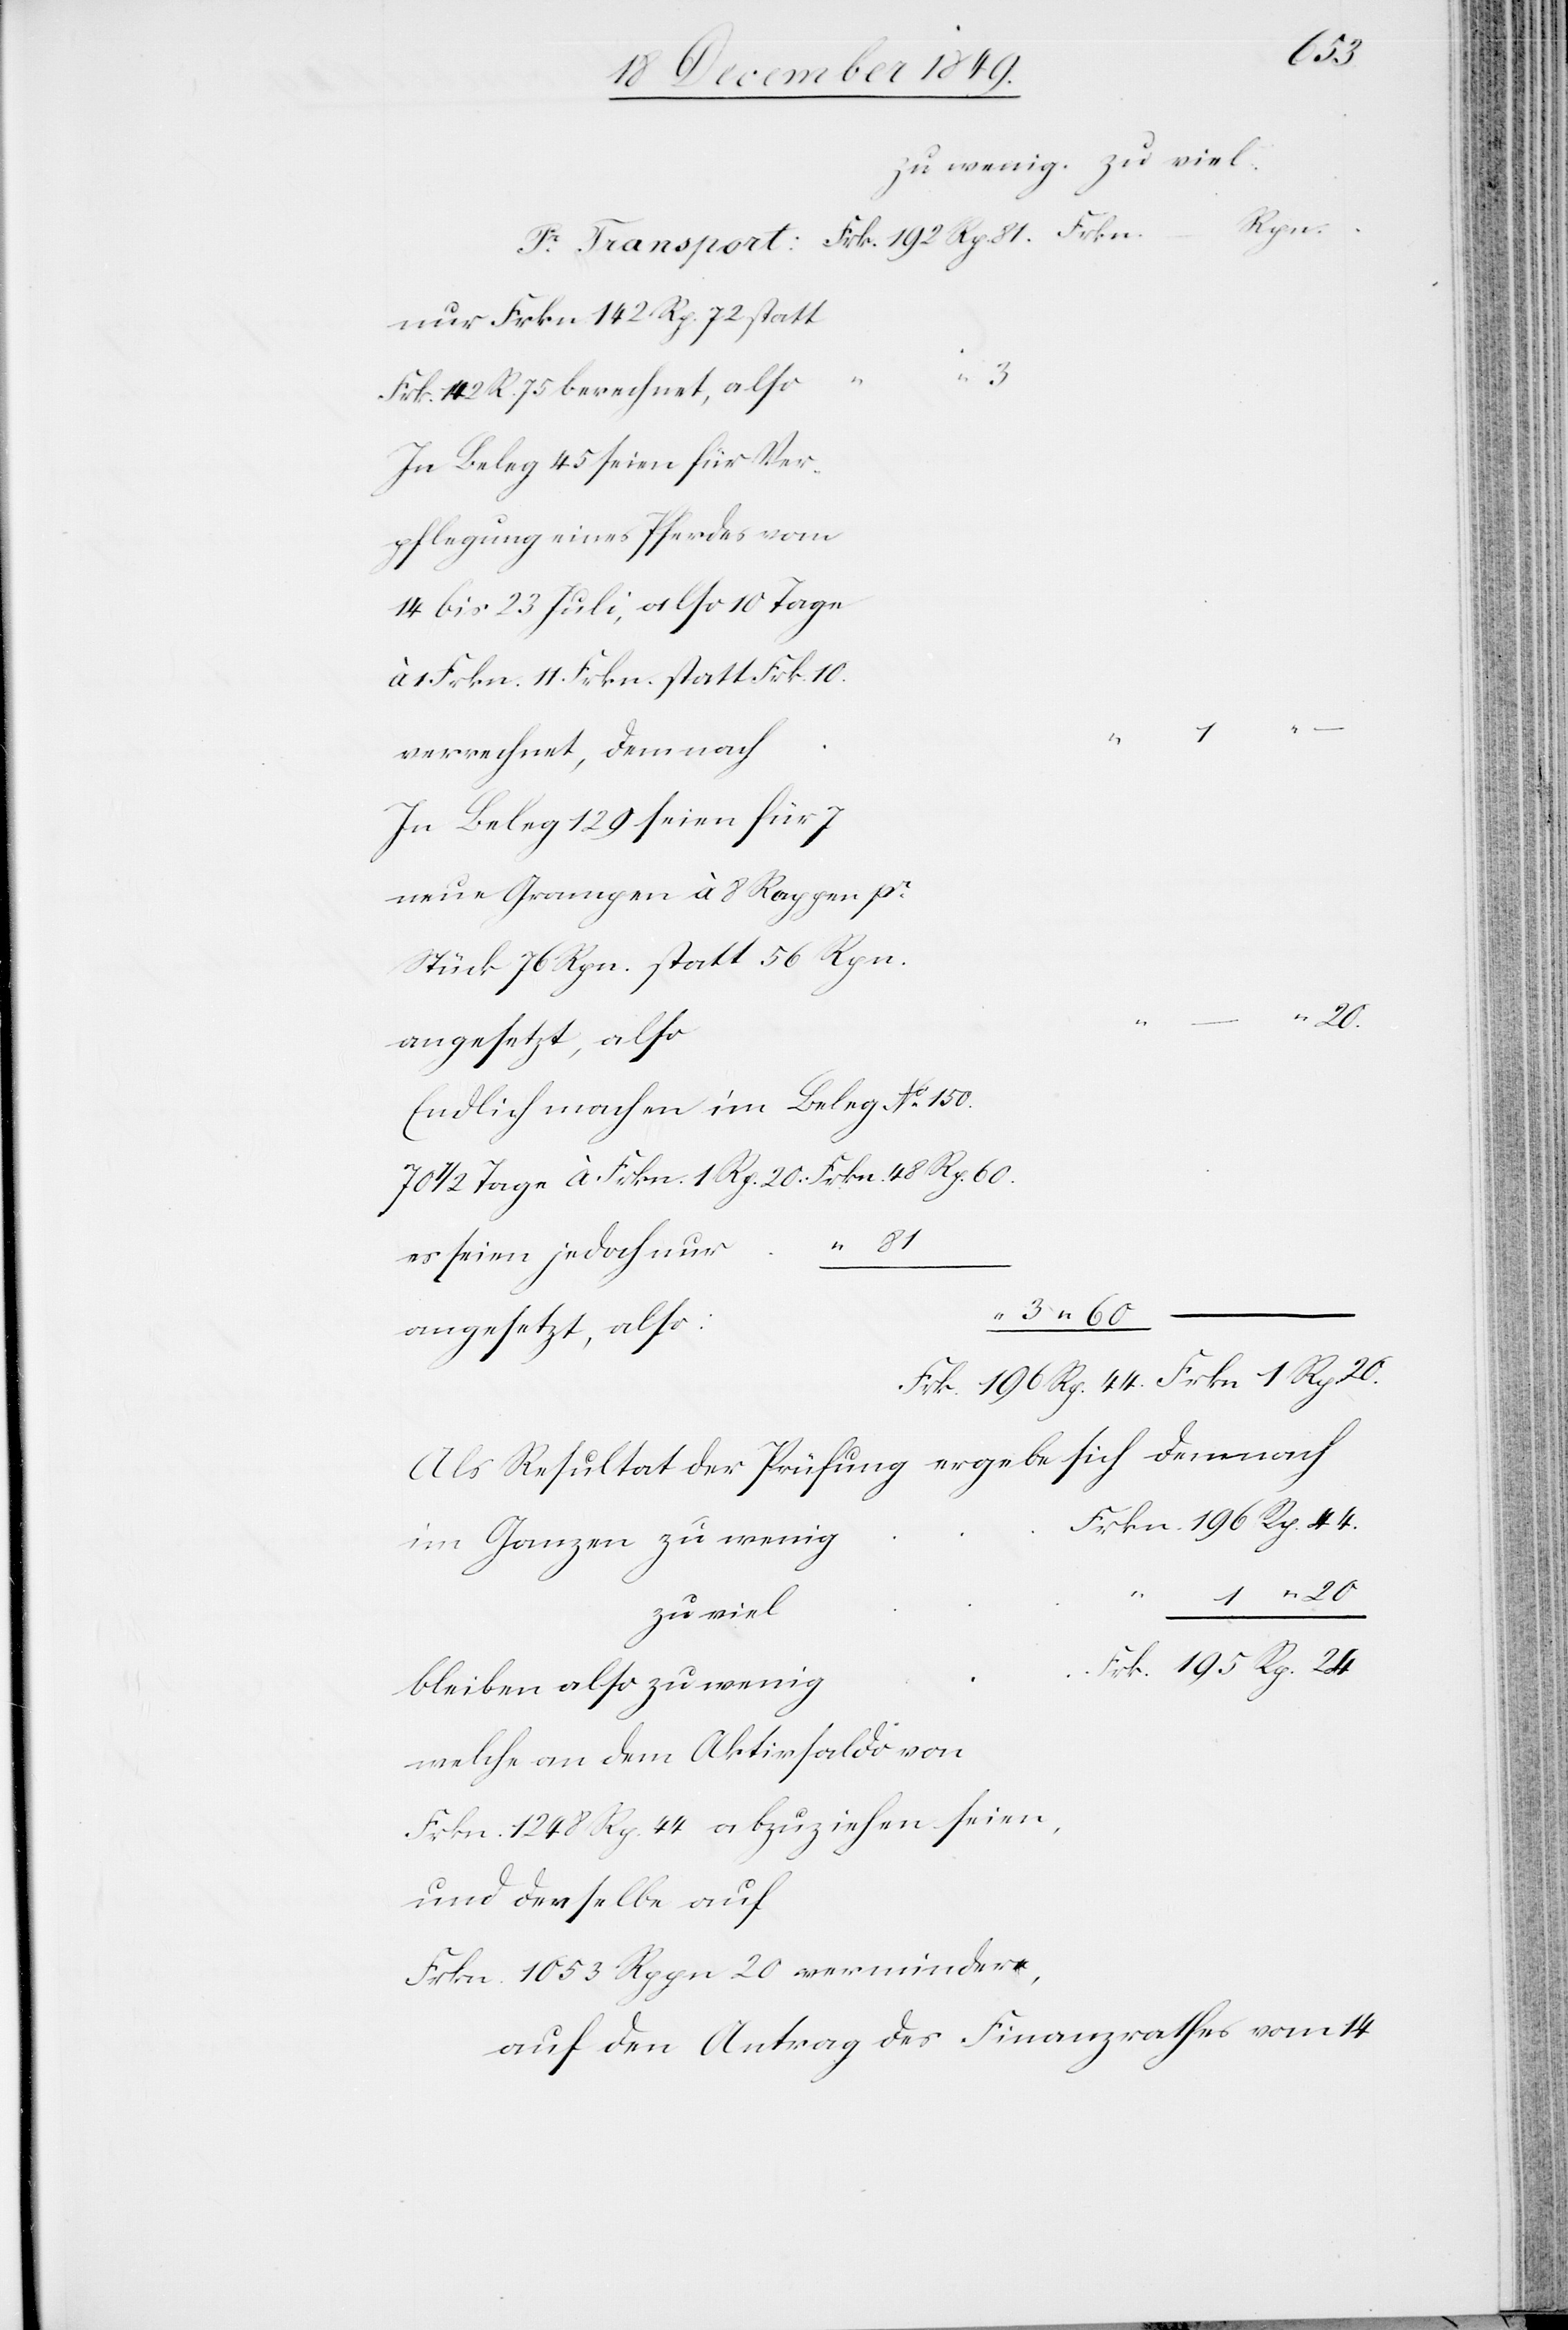
ben
Rp.
24.
Frkn. 142 Rp 72 statt
In Beleg 45 seien für Ver¬
14 bis 23 Juli, also 10 Tage
1 Frkn. 11 Frkn. statt Frk. 10.
In Beleg 129 seien für 7
Stück 76 Rpn. statt 56 Rpn.
20.
Endlich machen im Beleg N° 150.
70 1/2 Tage à Frkn. 1 Rp. 20 Frkn. 48 Rp. 60.
es seien jedoch nur	“
Frk. 196 Rp. 44.		Frkn. 1 Rp. 20.
Als Resultat der Prüfung ergebe sich demnach
rkn. 196 Rp. 44.
im Ganzen zu wenig	F¬
–
zu viel	“
Frkn. 142 Rp. 75
welche an dem Aktivsaldo von
Frkn. 1248 Rp. 44 abzuziehen seien,
und derselbe auf
Frkn. 1053 Rppn. 20 vermindere,
auf den Antrag des Finanzrathes vom 14